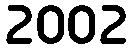
2002